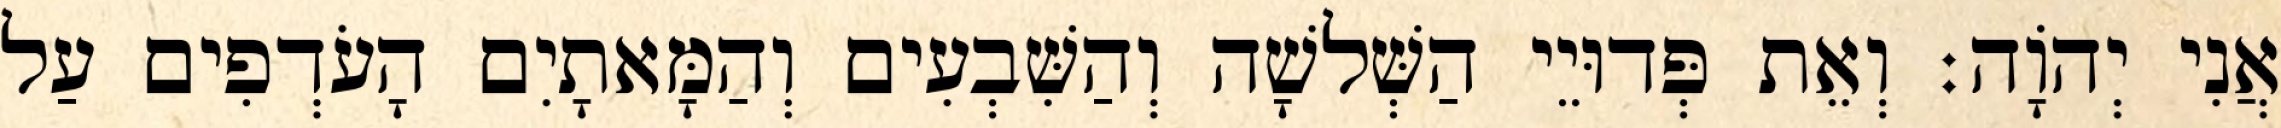
אֲנִי יְהוָֹה׃ וְאֵת פְּדוּיֵי הַשְּׁלשָׁה וְהַשִּׁבְעִים וְהַמָּאתָיִם הָעֹדְפִים עַל